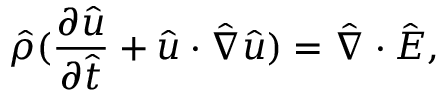
\hat { \rho } ( \frac { \partial \hat { \boldsymbol { u } } } { \partial \hat { t } } + \hat { \boldsymbol { u } } \cdot \hat { \nabla } \hat { \boldsymbol { u } } ) = \hat { \nabla } \cdot \hat { \boldsymbol { E } } ,